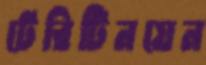
টেরিটিনয়েন